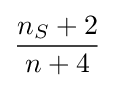
{\frac {n_{S}+2}{n+4}}